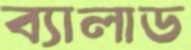
ব্যালাড